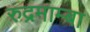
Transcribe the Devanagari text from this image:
रुद्रमाम्बा